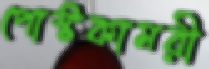
পোস্টকামরী